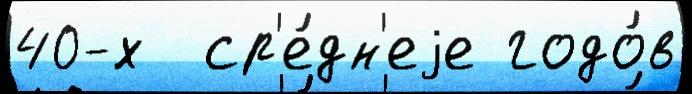
40-х  ср'е́дн'еjе годо́в